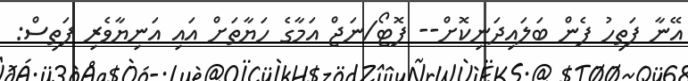
އޭނާ ފަތިހު ފެން ބަލައިދަނިކޮށް-- ފޮޓޯ/ނަޖް އަމާގެ ހަޔާތަށް އައި އަނިޔާވެރި ފަތިސް: